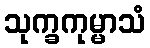
သုက္ခကုမ္မာသံ